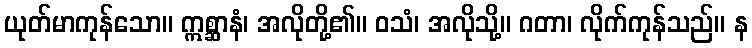
ယုတ်မာကုန်သော။ ဣစ္ဆာနံ၊ အလိုတို့၏။ ဝသံ၊ အလိုသို့။ ဂတာ၊ လိုက်ကုန်သည်။ န